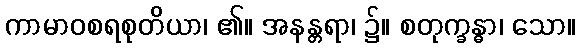
ကာမာဝစရစုတိယာ၊ ၏။ အနန္တရာ၊ ၌။ စတုက္ခန္ဓာ၊ သော။